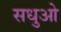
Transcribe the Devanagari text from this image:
सधुओ